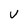
Character: U